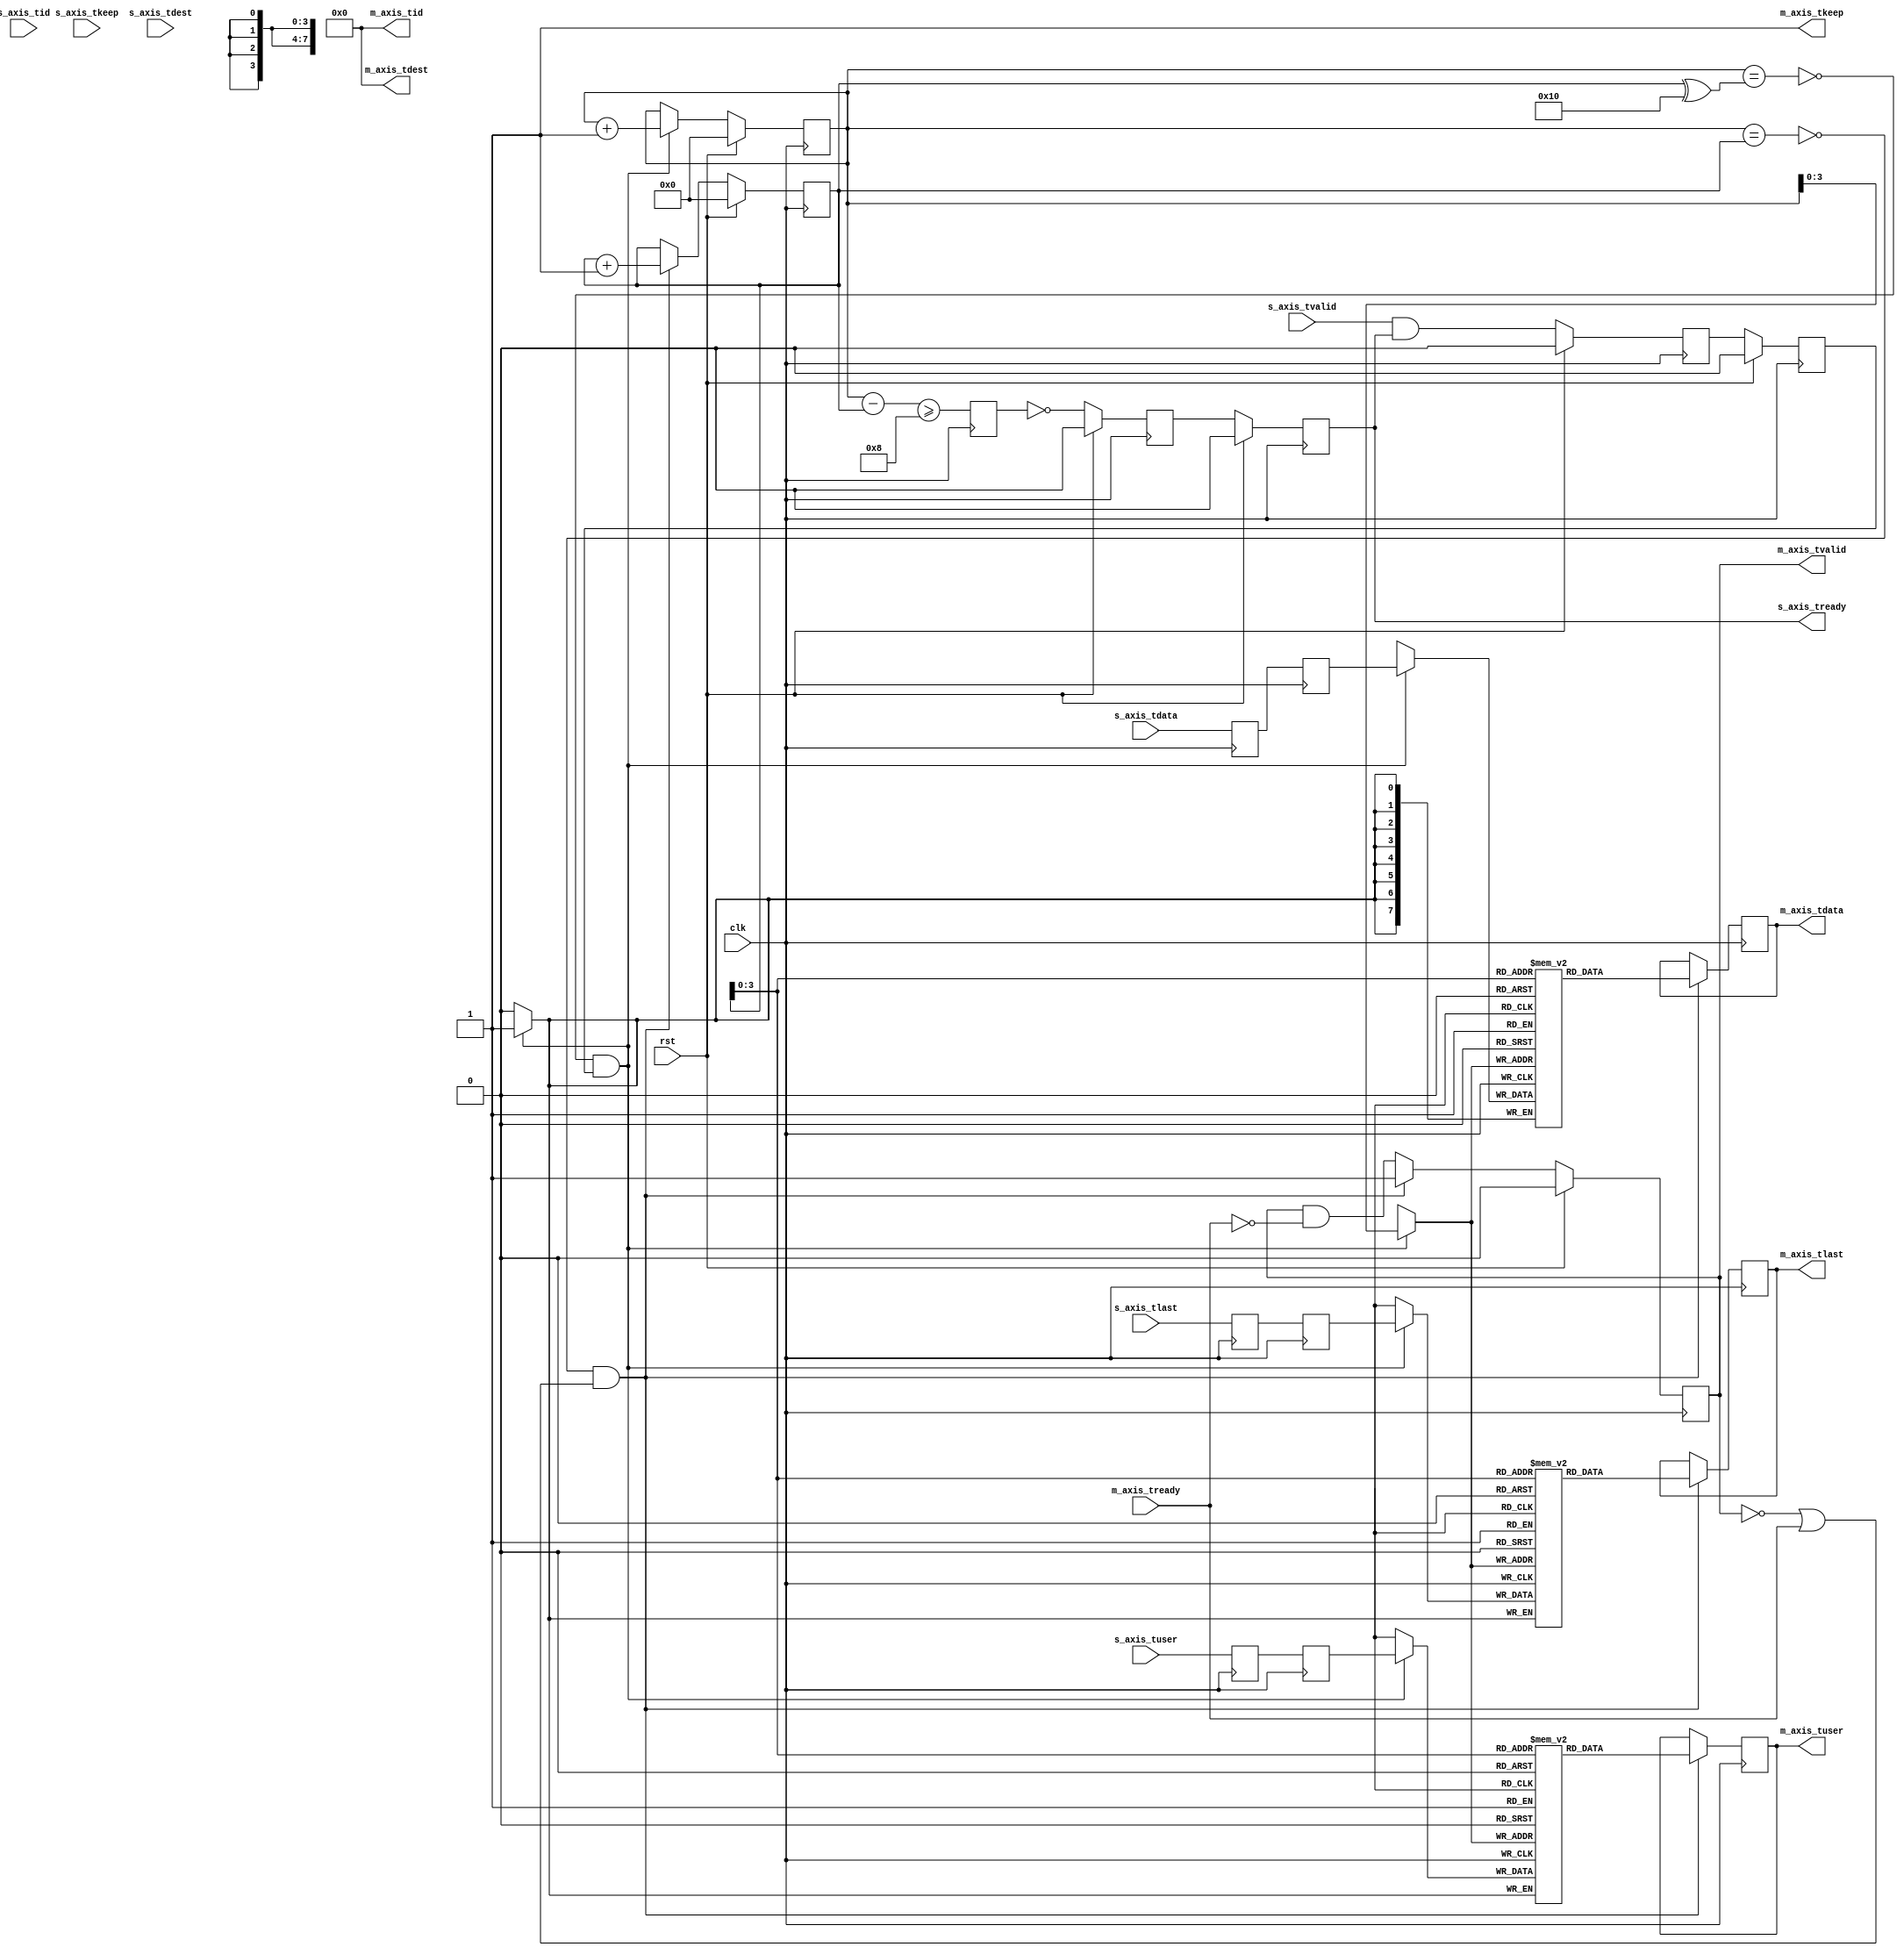

// Language: Verilog 2001

`resetall
`timescale 1ns / 1ps
`default_nettype none

/*
 * AXI4-Stream pipeline FIFO
 */
module axis_fifo #
(
    // Width of AXI stream interfaces in bits
    parameter DATA_WIDTH = 8,
    // Propagate tkeep signal
    parameter KEEP_ENABLE = (DATA_WIDTH>8),
    // tkeep signal width (words per cycle)
    parameter KEEP_WIDTH = ((DATA_WIDTH+7)/8),
    // Propagate tlast signal
    parameter LAST_ENABLE = 1,
    // Propagate tid signal
    parameter ID_ENABLE = 0,
    // tid signal width
    parameter ID_WIDTH = 8,
    // Propagate tdest signal
    parameter DEST_ENABLE = 0,
    // tdest signal width
    parameter DEST_WIDTH = 8,
    // Propagate tuser signal
    parameter USER_ENABLE = 1,
    // tuser signal width
    parameter USER_WIDTH = 1,
    // Number of registers in pipeline
    parameter LENGTH = 2
)
(
    input  wire                   clk,
    input  wire                   rst,

    /*
     * AXI input
     */
    input  wire [DATA_WIDTH-1:0]  s_axis_tdata,
    input  wire [KEEP_WIDTH-1:0]  s_axis_tkeep,
    input  wire                   s_axis_tvalid,
    output wire                   s_axis_tready,
    input  wire                   s_axis_tlast,
    input  wire [ID_WIDTH-1:0]    s_axis_tid,
    input  wire [DEST_WIDTH-1:0]  s_axis_tdest,
    input  wire [USER_WIDTH-1:0]  s_axis_tuser,

    /*
     * AXI output
     */
    output wire [DATA_WIDTH-1:0]  m_axis_tdata,
    output wire [KEEP_WIDTH-1:0]  m_axis_tkeep,
    output wire                   m_axis_tvalid,
    input  wire                   m_axis_tready,
    output wire                   m_axis_tlast,
    output wire [ID_WIDTH-1:0]    m_axis_tid,
    output wire [DEST_WIDTH-1:0]  m_axis_tdest,
    output wire [USER_WIDTH-1:0]  m_axis_tuser
);

parameter FIFO_ADDR_WIDTH = LENGTH < 2 ? 3 : $clog2(LENGTH*4+1);

generate

if (LENGTH > 0) begin

    // pipeline
    (* shreg_extract = "no" *)
    reg [DATA_WIDTH-1:0]  axis_tdata_reg[0:LENGTH-1];
    (* shreg_extract = "no" *)
    reg [KEEP_WIDTH-1:0]  axis_tkeep_reg[0:LENGTH-1];
    (* shreg_extract = "no" *)
    reg                   axis_tvalid_reg[0:LENGTH-1];
    (* shreg_extract = "no" *)
    reg                   axis_tready_reg[0:LENGTH-1];
    (* shreg_extract = "no" *)
    reg                   axis_tlast_reg[0:LENGTH-1];
    (* shreg_extract = "no" *)
    reg [ID_WIDTH-1:0]    axis_tid_reg[0:LENGTH-1];
    (* shreg_extract = "no" *)
    reg [DEST_WIDTH-1:0]  axis_tdest_reg[0:LENGTH-1];
    (* shreg_extract = "no" *)
    reg [USER_WIDTH-1:0]  axis_tuser_reg[0:LENGTH-1];

    wire [DATA_WIDTH-1:0] m_axis_tdata_int = axis_tdata_reg[LENGTH-1];
    wire [KEEP_WIDTH-1:0] m_axis_tkeep_int = axis_tkeep_reg[LENGTH-1];
    wire                  m_axis_tvalid_int = axis_tvalid_reg[LENGTH-1];
    wire                  m_axis_tready_int;
    wire                  m_axis_tlast_int = axis_tlast_reg[LENGTH-1];
    wire [ID_WIDTH-1:0]   m_axis_tid_int = axis_tid_reg[LENGTH-1];
    wire [DEST_WIDTH-1:0] m_axis_tdest_int = axis_tdest_reg[LENGTH-1];
    wire [USER_WIDTH-1:0] m_axis_tuser_int = axis_tuser_reg[LENGTH-1];

    assign s_axis_tready = axis_tready_reg[0];

    integer i;

    initial begin
        for (i = 0; i < LENGTH; i = i + 1) begin
            axis_tdata_reg[i] = {DATA_WIDTH{1'b0}};
            axis_tkeep_reg[i] = {KEEP_WIDTH{1'b0}};
            axis_tvalid_reg[i] = 1'b0;
            axis_tready_reg[i] = 1'b0;
            axis_tlast_reg[i] = 1'b0;
            axis_tid_reg[i] = {ID_WIDTH{1'b0}};
            axis_tdest_reg[i] = {DEST_WIDTH{1'b0}};
            axis_tuser_reg[i] = {USER_WIDTH{1'b0}};
        end
    end

    always @(posedge clk) begin
        axis_tdata_reg[0] <= s_axis_tdata;
        axis_tkeep_reg[0] <= s_axis_tkeep;
        axis_tvalid_reg[0] <= s_axis_tvalid && s_axis_tready;
        axis_tlast_reg[0] <= s_axis_tlast;
        axis_tid_reg[0] <= s_axis_tid;
        axis_tdest_reg[0] <= s_axis_tdest;
        axis_tuser_reg[0] <= s_axis_tuser;

        axis_tready_reg[LENGTH-1] <= m_axis_tready_int;

        for (i = 0; i < LENGTH-1; i = i + 1) begin
            axis_tdata_reg[i+1] <= axis_tdata_reg[i];
            axis_tkeep_reg[i+1] <= axis_tkeep_reg[i];
            axis_tvalid_reg[i+1] <= axis_tvalid_reg[i];
            axis_tlast_reg[i+1] <= axis_tlast_reg[i];
            axis_tid_reg[i+1] <= axis_tid_reg[i];
            axis_tdest_reg[i+1] <= axis_tdest_reg[i];
            axis_tuser_reg[i+1] <= axis_tuser_reg[i];

            axis_tready_reg[i] <= axis_tready_reg[i+1];
        end

        if (rst) begin
            for (i = 0; i < LENGTH; i = i + 1) begin
                axis_tvalid_reg[i] <= 1'b0;
                axis_tready_reg[i] <= 1'b0;
            end
        end
    end

    // output datapath logic
    reg [DATA_WIDTH-1:0] m_axis_tdata_reg  = {DATA_WIDTH{1'b0}};
    reg [KEEP_WIDTH-1:0] m_axis_tkeep_reg  = {KEEP_WIDTH{1'b0}};
    reg                  m_axis_tvalid_reg = 1'b0;
    reg                  m_axis_tlast_reg  = 1'b0;
    reg [ID_WIDTH-1:0]   m_axis_tid_reg    = {ID_WIDTH{1'b0}};
    reg [DEST_WIDTH-1:0] m_axis_tdest_reg  = {DEST_WIDTH{1'b0}};
    reg [USER_WIDTH-1:0] m_axis_tuser_reg  = {USER_WIDTH{1'b0}};

    reg [FIFO_ADDR_WIDTH+1-1:0] out_fifo_wr_ptr_reg = 0;
    reg [FIFO_ADDR_WIDTH+1-1:0] out_fifo_rd_ptr_reg = 0;
    reg out_fifo_half_full_reg = 1'b0;

    wire out_fifo_full = out_fifo_wr_ptr_reg == (out_fifo_rd_ptr_reg ^ {1'b1, {FIFO_ADDR_WIDTH{1'b0}}});
    wire out_fifo_empty = out_fifo_wr_ptr_reg == out_fifo_rd_ptr_reg;

    (* ram_style = "distributed", ramstyle = "no_rw_check, mlab" *)
    reg [DATA_WIDTH-1:0] out_fifo_tdata[2**FIFO_ADDR_WIDTH-1:0];
    (* ram_style = "distributed", ramstyle = "no_rw_check, mlab" *)
    reg [KEEP_WIDTH-1:0] out_fifo_tkeep[2**FIFO_ADDR_WIDTH-1:0];
    (* ram_style = "distributed", ramstyle = "no_rw_check, mlab" *)
    reg                  out_fifo_tlast[2**FIFO_ADDR_WIDTH-1:0];
    (* ram_style = "distributed", ramstyle = "no_rw_check, mlab" *)
    reg [ID_WIDTH-1:0]   out_fifo_tid[2**FIFO_ADDR_WIDTH-1:0];
    (* ram_style = "distributed", ramstyle = "no_rw_check, mlab" *)
    reg [DEST_WIDTH-1:0] out_fifo_tdest[2**FIFO_ADDR_WIDTH-1:0];
    (* ram_style = "distributed", ramstyle = "no_rw_check, mlab" *)
    reg [USER_WIDTH-1:0] out_fifo_tuser[2**FIFO_ADDR_WIDTH-1:0];

    assign m_axis_tready_int = !out_fifo_half_full_reg;

    assign m_axis_tdata  = m_axis_tdata_reg;
    assign m_axis_tkeep  = KEEP_ENABLE ? m_axis_tkeep_reg : {KEEP_WIDTH{1'b1}};
    assign m_axis_tvalid = m_axis_tvalid_reg;
    assign m_axis_tlast  = LAST_ENABLE ? m_axis_tlast_reg : 1'b1;
    assign m_axis_tid    = ID_ENABLE   ? m_axis_tid_reg   : {ID_WIDTH{1'b0}};
    assign m_axis_tdest  = DEST_ENABLE ? m_axis_tdest_reg : {DEST_WIDTH{1'b0}};
    assign m_axis_tuser  = USER_ENABLE ? m_axis_tuser_reg : {USER_WIDTH{1'b0}};

    always @(posedge clk) begin
        m_axis_tvalid_reg <= m_axis_tvalid_reg && !m_axis_tready;

        out_fifo_half_full_reg <= $unsigned(out_fifo_wr_ptr_reg - out_fifo_rd_ptr_reg) >= 2**(FIFO_ADDR_WIDTH-1);

        if (!out_fifo_full && m_axis_tvalid_int) begin
            out_fifo_tdata[out_fifo_wr_ptr_reg[FIFO_ADDR_WIDTH-1:0]] <= m_axis_tdata_int;
            out_fifo_tkeep[out_fifo_wr_ptr_reg[FIFO_ADDR_WIDTH-1:0]] <= m_axis_tkeep_int;
            out_fifo_tlast[out_fifo_wr_ptr_reg[FIFO_ADDR_WIDTH-1:0]] <= m_axis_tlast_int;
            out_fifo_tid[out_fifo_wr_ptr_reg[FIFO_ADDR_WIDTH-1:0]] <= m_axis_tid_int;
            out_fifo_tdest[out_fifo_wr_ptr_reg[FIFO_ADDR_WIDTH-1:0]] <= m_axis_tdest_int;
            out_fifo_tuser[out_fifo_wr_ptr_reg[FIFO_ADDR_WIDTH-1:0]] <= m_axis_tuser_int;
            out_fifo_wr_ptr_reg <= out_fifo_wr_ptr_reg + 1;
        end

        if (!out_fifo_empty && (!m_axis_tvalid_reg || m_axis_tready)) begin
            m_axis_tdata_reg <= out_fifo_tdata[out_fifo_rd_ptr_reg[FIFO_ADDR_WIDTH-1:0]];
            m_axis_tkeep_reg <= out_fifo_tkeep[out_fifo_rd_ptr_reg[FIFO_ADDR_WIDTH-1:0]];
            m_axis_tvalid_reg <= 1'b1;
            m_axis_tlast_reg <= out_fifo_tlast[out_fifo_rd_ptr_reg[FIFO_ADDR_WIDTH-1:0]];
            m_axis_tid_reg <= out_fifo_tid[out_fifo_rd_ptr_reg[FIFO_ADDR_WIDTH-1:0]];
            m_axis_tdest_reg <= out_fifo_tdest[out_fifo_rd_ptr_reg[FIFO_ADDR_WIDTH-1:0]];
            m_axis_tuser_reg <= out_fifo_tuser[out_fifo_rd_ptr_reg[FIFO_ADDR_WIDTH-1:0]];
            out_fifo_rd_ptr_reg <= out_fifo_rd_ptr_reg + 1;
        end

        if (rst) begin
            out_fifo_wr_ptr_reg <= 0;
            out_fifo_rd_ptr_reg <= 0;
            m_axis_tvalid_reg <= 1'b0;
        end
    end

end else begin
    // bypass

    assign m_axis_tdata  = s_axis_tdata;
    assign m_axis_tkeep  = KEEP_ENABLE ? s_axis_tkeep : {KEEP_WIDTH{1'b1}};
    assign m_axis_tvalid = s_axis_tvalid;
    assign m_axis_tlast  = LAST_ENABLE ? s_axis_tlast : 1'b1;
    assign m_axis_tid    = ID_ENABLE   ? s_axis_tid   : {ID_WIDTH{1'b0}};
    assign m_axis_tdest  = DEST_ENABLE ? s_axis_tdest : {DEST_WIDTH{1'b0}};
    assign m_axis_tuser  = USER_ENABLE ? s_axis_tuser : {USER_WIDTH{1'b0}};

    assign s_axis_tready = m_axis_tready;

end

endgenerate

endmodule

`resetall